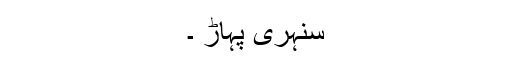
سنہری پہاڑ ۔